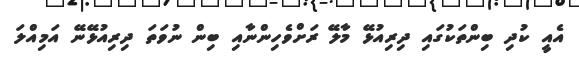
އެއީ ކުދި ބިންތަކުގައި ދިރިއުޅޭ މާލޭ ރަށްވެހިންނާއި ބިން ނުވަތަ ދިރިއުޅޭނޭ އަމިއްލަ